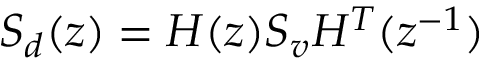
\begin{array} { r } { S _ { d } ( z ) = H ( z ) S _ { v } H ^ { T } ( z ^ { - 1 } ) } \end{array}